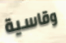
وقاسية